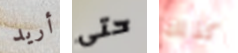
أريد حتى كذلك